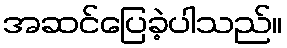
အဆင်ပြေခဲ့ပါသည်။